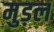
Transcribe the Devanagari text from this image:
मुड़ल